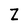
Character: Z